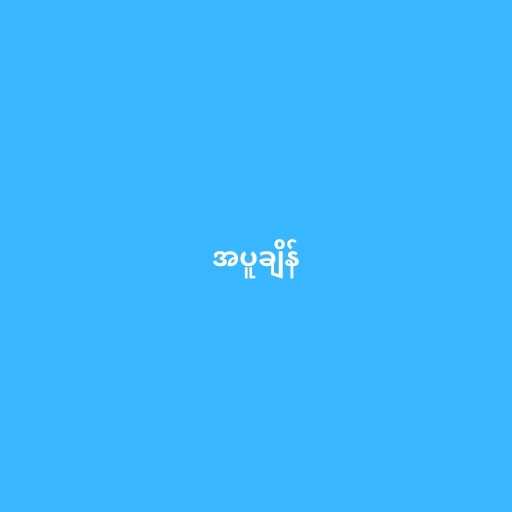
အပူချိန်